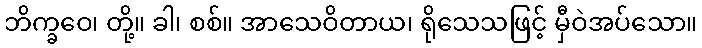
ဘိက္ခဝေ၊ တို့။ ခါ၊ စစ်။ အာသေဝိတာယ၊ ရိုသေသဖြင့် မှီဝဲအပ်သော။